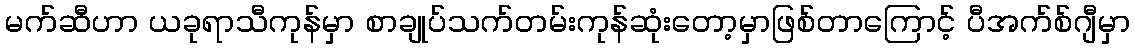
မက်ဆီဟာ ယခုရာသီကုန်မှာ စာချုပ်သက်တမ်းကုန်ဆုံးတော့မှာဖြစ်တာကြောင့် ပီအက်စ်ဂျီမှာ